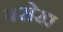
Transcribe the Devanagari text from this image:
बसेख